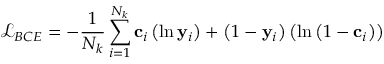
\mathcal { L } _ { B C E } = - \frac { 1 } { N _ { k } } \sum _ { i = 1 } ^ { N _ { k } } \mathbf { c } _ { i } \left( \ln \mathbf { y } _ { i } \right) + \left( 1 - \mathbf { y } _ { i } \right) \left( \ln \left( 1 - \mathbf { c } _ { i } \right) \right)